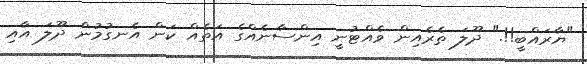
"ޔާރައްބީ!!." ދޫލަ ތެރެއިން ވެއްޓުނީ އިންސާނެއްގެ އަތެއް ކަން އެނގުމުން ދޫލަ އާއި